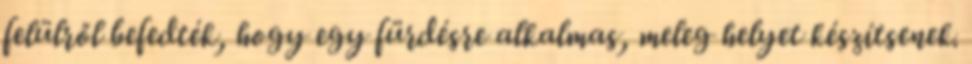
felülről befedték, hogy egy fürdésre alkalmas, meleg helyet készítsenek.